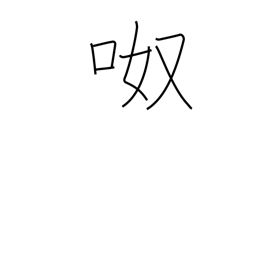
Meaning: noisy